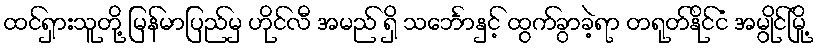
ထင်ရှားသူတို့ မြန်မာပြည်မှ ဟိုင်လီ အမည် ရှိ သင်္ဘောနှင့် ထွက်ခွာခဲ့ရာ တရုတ်နိုင်ငံ အမွိုင်မြို့